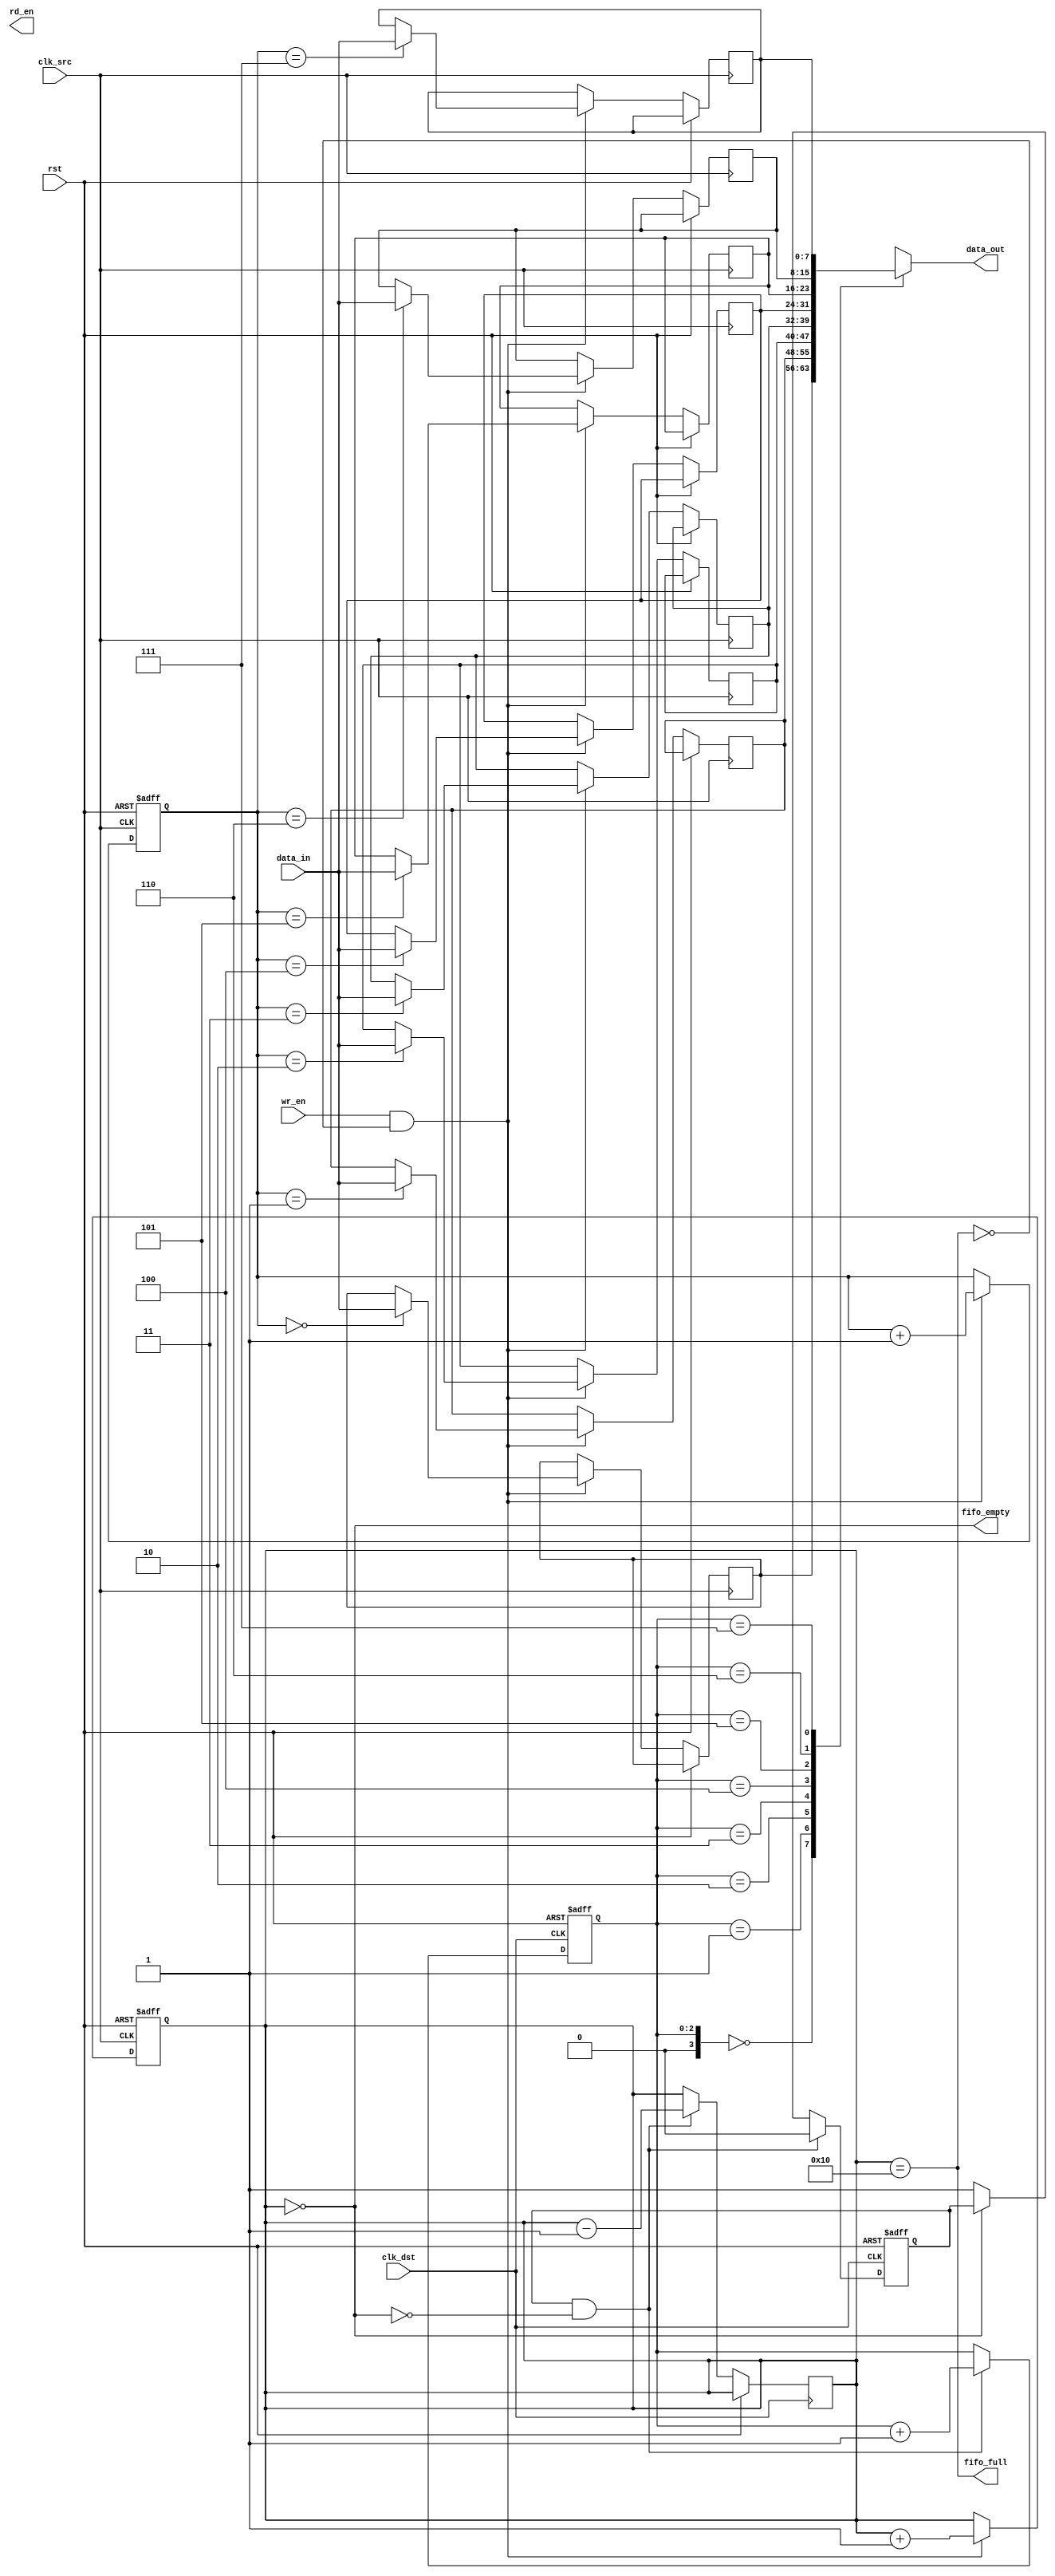
module fifo_synchronizer #(
    parameter DATA_WIDTH = 8, // Width of the data
    parameter FIFO_DEPTH = 16  // Depth of the FIFO
)(
    input wire clk_src,           // Source clock
    input wire clk_dst,           // Destination clock
    input wire rst,               // Reset signal
    input wire wr_en,             // Write enable signal from source domain
    input wire [DATA_WIDTH-1:0] data_in, // Data input from source domain
    output wire rd_en,            // Read enable signal for destination domain
    output wire [DATA_WIDTH-1:0] data_out, // Data output to destination domain
    output wire fifo_full,        // FIFO full flag
    output wire fifo_empty        // FIFO empty flag
);

    // FIFO Memory
    reg [DATA_WIDTH-1:0] fifo_mem [0:FIFO_DEPTH-1];
    reg [clog2(FIFO_DEPTH)-1:0] wr_ptr; // Write pointer
    reg [clog2(FIFO_DEPTH)-1:1] rd_ptr; // Read pointer
    reg [clog2(FIFO_DEPTH):0] count;     // Count of items in FIFO

    // Write Control Logic
    always @(posedge clk_src or posedge rst) begin
        if (rst) begin
            wr_ptr <= 0;
            count <= 0;
        end else if (wr_en && !fifo_full) begin
            fifo_mem[wr_ptr] <= data_in;
            wr_ptr <= wr_ptr + 1;
            count <= count + 1;
        end
    end

    // Read Control Logic
    reg rd_en_reg;
    always @(posedge clk_dst or posedge rst) begin
        if (rst) begin
            rd_ptr <= 0;
            rd_en_reg <= 0;
        end else if (rd_en_reg && !fifo_empty) begin
            rd_en_reg <= 0;
            rd_ptr <= rd_ptr + 1;
            count <= count - 1;
        end else if (!fifo_empty) begin
            rd_en_reg <= 1;
        end
    end

    // Output Data
    assign data_out = fifo_mem[rd_ptr];

    // FIFO Status Flags
    assign fifo_full = (count == FIFO_DEPTH);
    assign fifo_empty = (count == 0);

    // Function to calculate log2
    function integer clog2(input integer value);
        begin
            value = value - 1;
            for (clog2 = 0; value > 0; clog2 = clog2 + 1)
                value = value >> 1;
        end
    endfunction

endmodule